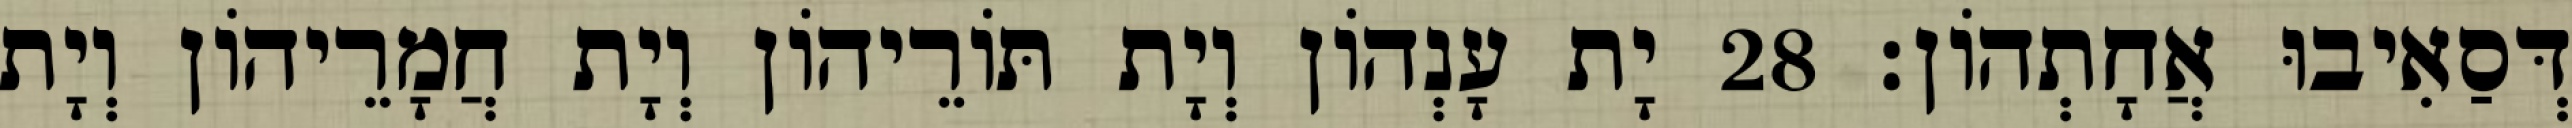
דְּסַאִיבוּ אֲחָתְהוֹן׃ 28 יָת עָנְהוֹן וְיָת תּוֹרֵיהוֹן וְיָת חֲמָרֵיהוֹן וְיָת